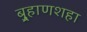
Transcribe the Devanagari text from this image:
बुर्‍हाणशहा